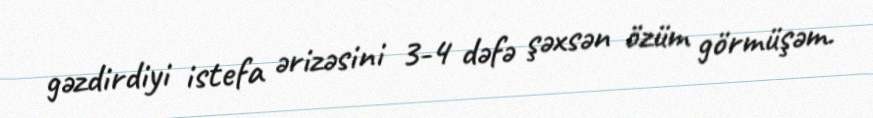
gəzdirdiyi istefa ərizəsini 3-4 dəfə şəxsən özüm görmüşəm.